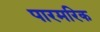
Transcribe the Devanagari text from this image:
पारमरिक